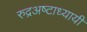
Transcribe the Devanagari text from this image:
रुद्रअष्‍टाध्‍यायी